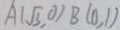
A ( \sqrt { 3 } , 0 ) B ( 0 , 1 )